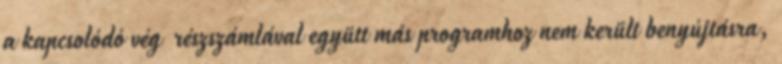
a kapcsolódó vég részszámlával együtt más programhoz nem került benyújtásra,